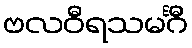
ဗလဝီရသမင်္ဂီ